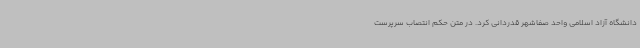
دانشگاه آزاد اسلامی واحد صفاشهر قدردانی کرد. در متن حکم انتصاب سرپرست